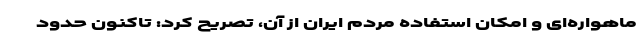
ماهواره‌ای و امکان استفاده مردم ایران از آن، تصریح کرد: تاکنون حدود